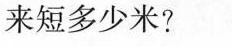
来短多少米?